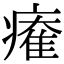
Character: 𤹩